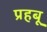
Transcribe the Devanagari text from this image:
प्रहबू